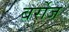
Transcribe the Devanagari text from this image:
बर्रोज